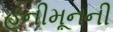
હનીમૂનની